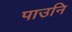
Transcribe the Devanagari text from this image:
पाउनि